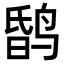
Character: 𪉎